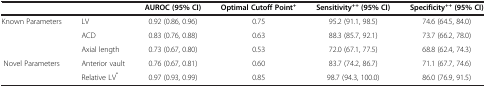
| <COLSPAN=2>  | AUROC (95% CI) | Optimal Cutoff Point+ | Sensitivity++ (95% CI) | Specificity++ (95% CI) |
 | --- | --- | --- | --- | --- | --- |
 | <ROWSPAN=3> Known Parameters | LV | 0.92 (0.86, 0.96) | 0.75 | 95.2 (91.1, 98.5) | 74.6 (64.5, 84.0) |
 | ACD | 0.83 (0.76, 0.88) | 0.63 | 88.3 (85.7, 92.1) | 73.7 (66.2, 78.0) |
 | Axial length | 0.73 (0.67, 0.80) | 0.53 | 72.0 (67.1, 77.5) | 68.8 (62.4, 74.3) |
 | Novel Parameters | Anterior vault | 0.76 (0.67, 0.81) | 0.60 | 83.7 (74.2, 86.7) | 71.1 (67.7, 74.6) |
 |  | Relative LV* | 0.97 (0.93, 0.99) | 0.85 | 98.7 (94.3, 100.0) | 86.0 (76.9, 91.5) |